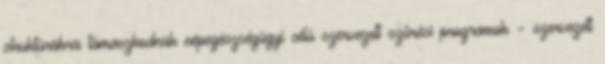
struktúrákra támaszkodnak népegészségügyi célú szervezett szűrési programok – szervezett